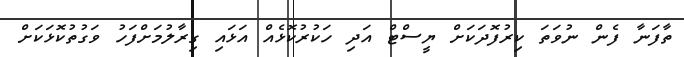
ތާފަނާ ފެން ނުވަތަ ކިރުފޮދަކަށް ޔީސްޓް އަދި ހަކުރުކޮޅެއް އަޅައި ގިރާލުމަށްފަހު ވަގުތުކޮޅަކަށް